Report of the Indian Hemp Drugs Commission, 1894-1895 - Volume III
Year: 1894
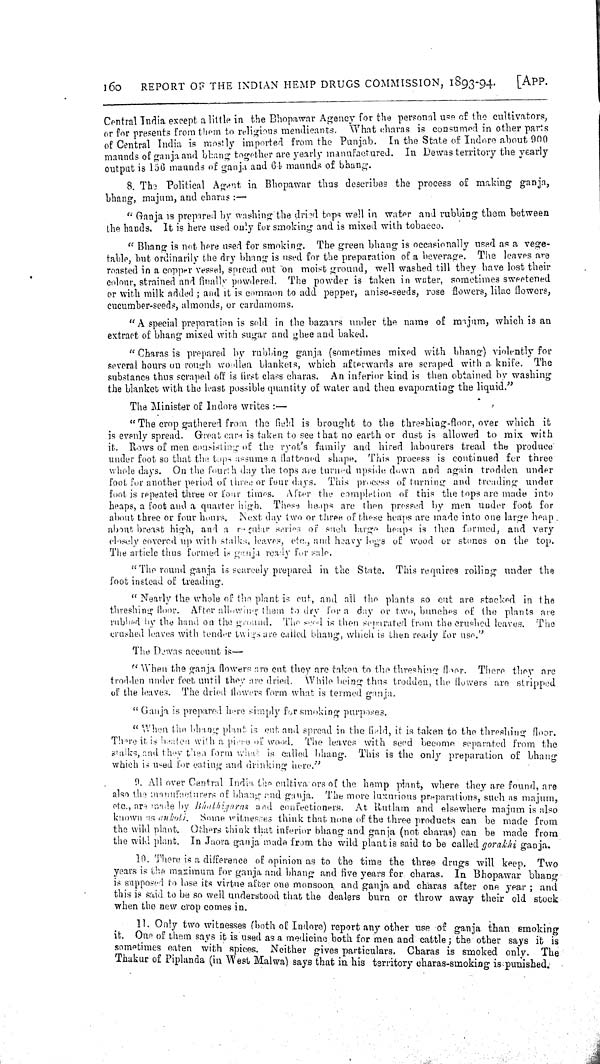
160
REPORT OF THE INDIAN HEMP DRUGS COMMISSION, 1893-94.
[APP.
Central India except a little in the Bhopawar Agency for the personal use of the cultivators,
or for presents from them to religious mendicants. What charas is consumed in other parts
of Central India is mostly imported from the Punjab. In the State of Indore about 900
maunds of ganja and bhang together are yearly manufactured. In Dewas territory the yearly
output is 156 maunds of ganja and 64 maunds of bhang.
8. The Political Agent in Bhopawar thus describes the process of making ganja,
bhang, majum, and charas:—
"Ganja is prepared by washing the dried tops well in water and rubbing them between
the hands. It is here used only for smoking and is mixed with tobacco.
"Bhang is not here used for smoking. The green bhang is occasionally used as a vege-
table, but ordinarily the dry bhang is used for the preparation of a beverage. The leaves are
roasted in a copper vessel, spread out on moist ground, well washed till they have lost their
colour, strained and finally powdered. The powder is taken in water, sometimes sweetened
or with milk added; and it is common to add pepper, anise-seeds, rose flowers, lilac flowers,
cucumber-seeds, almonds, or cardamoms.
"A special preparation is sold in the bazaars under the name of majum, which is an
extract of bhang mixed with sugar and ghee and baked.
"Charas is prepared by rubbing ganja (sometimes mixed with bhang) violently for
several hours on rough woollen blankets, which afterwards are scraped with a knife. The
substance thus scraped off is first class charas. An inferior kind is then obtained by washing
the blanket with the least possible quantity of water and then evaporating the liquid."
The Minister of Indore writes:—
"The crop gathered from the field is brought to the threshing-floor, over which it
is evenly spread. Great care is taken to see that no earth or dust is allowed to mix with
it. Rows of men consisting of the ryot's family and hired labourers tread the produce
under foot so that the tops assume a flattened shape. This process is continued for three
whole days. On the fourth day the tops are turned upside down and again trodden under
foot for another period of three or four days. This process of turning and treading under
foot is repeated three or four times. After the completion of this the tops are made into
heaps, a foot and a quarter high. These heaps are then pressed by men under foot for
about three or four hours. Next day two or three of these heaps are made into one large heap
about breast high, and a regular series of such large heaps is then formed, and very
closely covered up with stalks, leaves, etc., and heavy logs of wood or stones on the top.
The article thus formed is ganja ready for sale.
"The round ganja is scarcely prepared in the State. This requires roiling under the
foot instead of treading.
"Nearly the whole of the plant is cut, and all the plants so cut are stacked in the
threshing floor. After allowing them to dry for a day or two, bunches of the plants are
rubbed by the hand on the ground. The seed is then separated from the crushed leaves. The
crushed leaves with tender twigs are called bhang, which is then ready for use."
The Dewas account is—
"When the ganja flowers are cut they are taken to the threshing floor. There they are
trodden under feet until they are dried. While being thus trodden, the flowers are stripped
of the leaves. The dried flowers form what is termed ganja.
"Ganja is prepared here simply for smoking purposes.
"When the bhang plant is cut and spread in the field, it is taken to the threshing floor.
There it is beaten with a piece of wood. The leaves with seed become separated from the
stalks, and they then form what is called bhang. This is the only preparation of bhang
which is used for eating and drinking here."
9. All over Central India the cultivators of the hemp plant, where they are found, are
also the manufacturers of bhang and ganja. The more luxurious preparations, such as majum,
etc., are made by Bhalbigaras and confectioners. At Rutlam and elsewhere majum is also
known as ankoli. Some witnesses think that none of the three products can be made from
the wild plant. Others think that inferior bhang and ganja (not charas) can be made from
the wild plant. In Jaora ganja made from the wild plant is said to be called gorakhi ganja.
10. There is a difference of opinion as to the time the three drugs will keep. Two
years is the maximum for ganja and bhang and five years for charas. In Bhopawar bhang
is supposed to lose its virtue after one monsoon and ganja and charas after one year; and
this is said to be so well understood that the dealers burn or throw away their old stock
when the new crop comes in.
11. Only two witnesses (both of Indore) report any other use of ganja than smoking
it. One of them says it is used as a medicine both for men and cattle; the other says it is
sometimes eaten with spices. Neither gives particulars. Charas is smoked only. The
Thakur of Piplanda (in West Malwa) says that in his territory charas-smoking is punished.